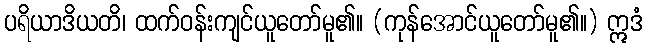
ပရိယာဒိယတိ၊ ထက်ဝန်းကျင်ယူတော်မူ၏။ (ကုန်အောင်ယူတော်မူ၏။) ဣဒံ